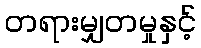
တရားမျှတမှုနှင့်